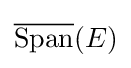
{\overline {\operatorname {Span} }}(E)